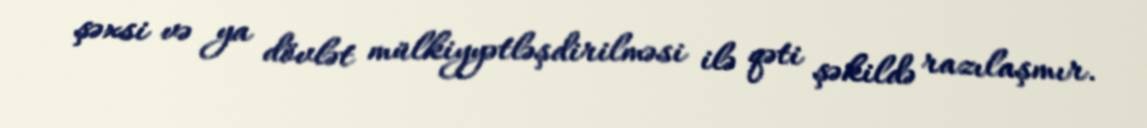
şəxsi və ya dövlət mülkiyyətləşdirilməsi ilə qəti şəkildə razılaşmır.